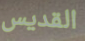
القديس